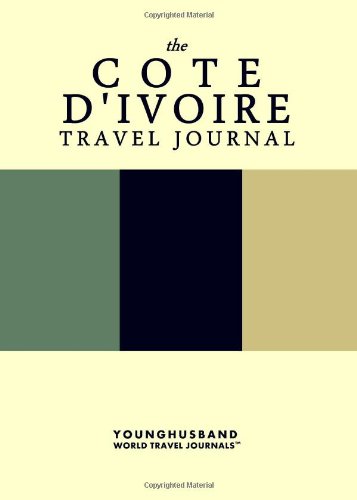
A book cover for The Cote d'Ivoire Travel Journal; Younghusband World Travel Journals; Travel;